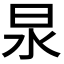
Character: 𭥚